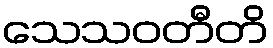
သေသဝတီတိ